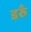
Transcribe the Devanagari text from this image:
डरुँ